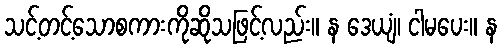
သင့်တင့်သောစကားကိုဆိုသဖြင့်လည်း။ န ဒေယျံ၊ ငါမပေး။ န